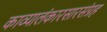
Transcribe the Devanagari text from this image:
काव्यालंकारसारसंग्रह